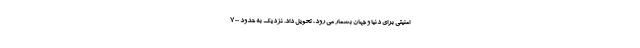
امنیتی برای دنیا و جهان بشمار می رود، تحویل داد. نزدیک به حدود ۷۰۰